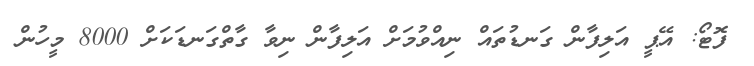
ފޮޓޯ: އޭޕީ އަލިފާން ގަނޑުތައް ނިއްވުމަށް އަލިފާން ނިވާ ގާތްގަނޑަކަށް 8000 މީހުން